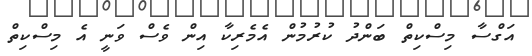
އަގްސާ މިސްކިތް ބަންދު ކުރުމުން އެމެރިކާ އިން ވެސް ވަނީ އެ މިސްކިތް